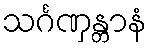
သင်္ဂဏှန္တာနံ